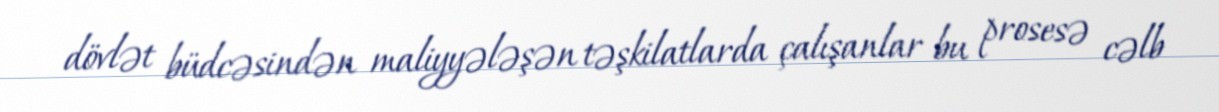
dövlət büdcəsindən maliyyələşən təşkilatlarda çalışanlar bu prosesə cəlb